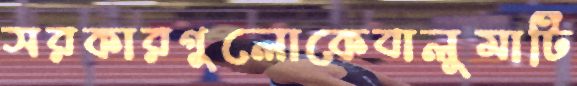
সরকারগুলোকেবালুমাটি